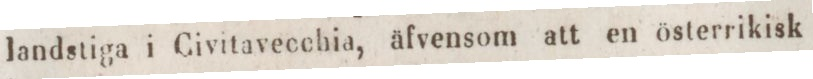
landstiga i Civitavecchia, äfvensom att en österrikisk